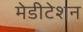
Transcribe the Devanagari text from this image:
मेडीटेशन